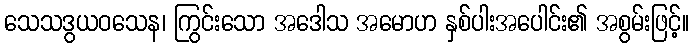
သေသဒွယဝသေန၊ ကြွင်းသော အဒေါသ အမောဟ နှစ်ပါးအပေါင်း၏ အစွမ်းဖြင့်။